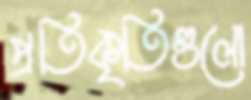
প্রতিকৃতিগুলো